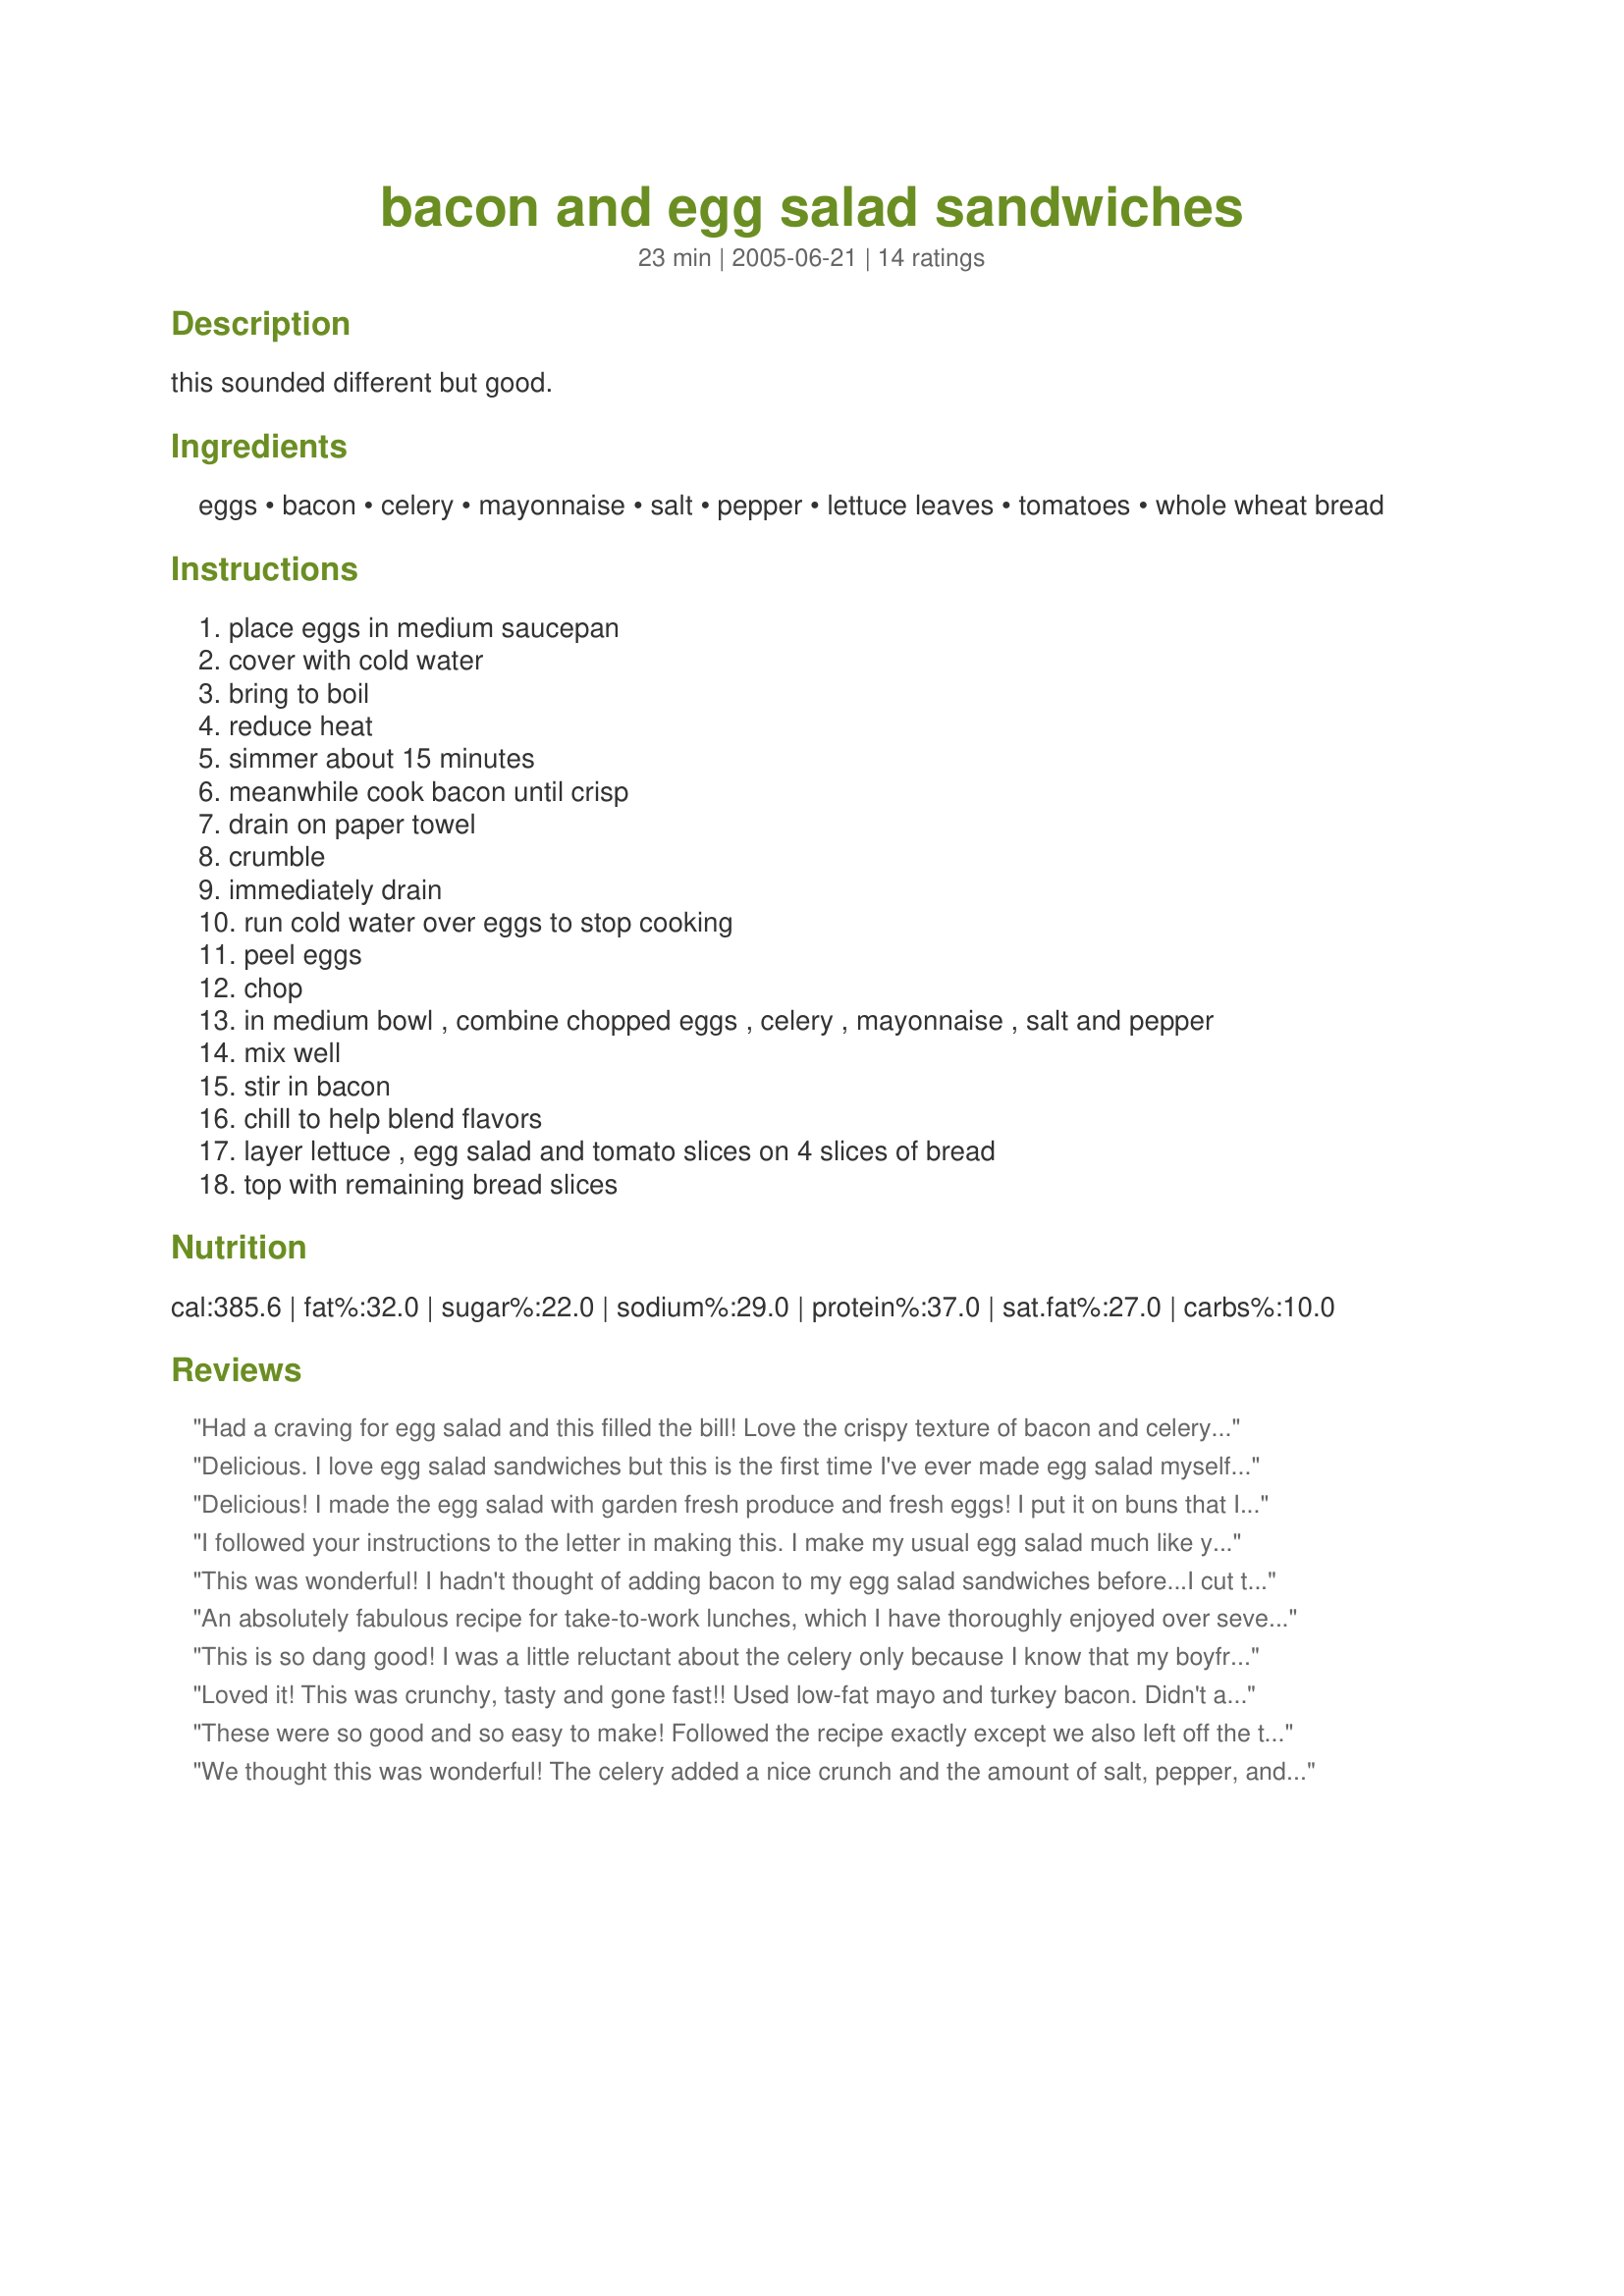
bacon and egg salad sandwiches
Preparation time: 23 minutes

this sounded different but good.

Ingredients:
eggs, bacon, celery, mayonnaise, salt, pepper, lettuce leaves, tomatoes, whole wheat bread

Steps:
place eggs in medium saucepan, cover with cold water, bring to boil, reduce heat, simmer about 15 minutes, meanwhile cook bacon until crisp, drain on paper towel, crumble, immediately drain, run cold water over eggs to stop cooking, peel eggs, chop, in medium bowl , combine chopped eggs , celery , mayonnaise , salt and pepper, mix well, stir in bacon, chill to help blend flavors, layer lettuce , egg salad and tomato slices on 4 slices of bread, top with remaining bread slices

Reviews:
Had a craving for egg salad and this filled the bill! Love the crispy texture of bacon and celery. Did omit the salt because of bacon and bread I made was salty. Thank you for sharing.
Delicious. I love egg salad sandwiches but this is the first time I've ever made egg salad myself. I followed the recipe as directed, except I added about 1 tsp stone ground mustard to the mayo; I like that additional tang. Also added about 1 Tbsp of diced scallion. Added a pinch of kosher salt & fresh-ground pepper, and it doesn't need any other seasonings. I left off tomato - personal pref - and used toasted whole-wheat bread. YUM!
Delicious! I made the egg salad with garden fresh produce and fresh eggs! I put it on buns that I made yesterday. DH2B said it was one of the best egg salad sandwiches I have made for him... and he wished I had packed him two for lunch! I followed the recipe exactly but did add some chopped scallions. Thanks Charlotte!!
I followed your instructions to the letter in making this. I make my usual egg salad much like your recipe (although this is the first time I've actually measured the celery, salt, pepper, or mayonaise). Your measurements are right on target. The bacon and garden fresh tomato were ingredients I had never thought to add, but are excellent on this sandwich. Thanks for sharing the recipe.
This was wonderful! I hadn't thought of adding bacon to my egg salad sandwiches before...I cut the recipe down for DH and myself and I did add a little mustard and some green chives from the garden. DH could only yummmmm. Thank you for posting a great recipe and I'm sure we will have these again. Made for Fall PAC 2012 tag game.
An absolutely fabulous recipe for take-to-work lunches, which I have thoroughly enjoyed over several days last week! And they’re very quick and easy to prepare! These sandwiches would be great for any occasion when sandwiches are required! I’ve made these for Pick a Chef 2006, and have really enjoyed discovering this gem of a recipe! Thanks, Charlotte J: I’ll be making these again!
This is so dang good! I was a little reluctant about the celery only because I know that my boyfriend does not like celery in hardly anything at all other than by itself so I did not tell him and when he tasted it he gave me a thumbs up. That means delicious!!!!! This recipe is a total keeper. Thank you so much. We love it! Also, I didn't think that it needed salt at all. I just used a little pepper.
Loved it! This was crunchy, tasty and gone fast!! Used low-fat mayo and turkey bacon. Didn't add any salt (because of the bacon) and added lots of pepper. Thanks Charlotte! :)
These were so good and so easy to make! Followed the recipe exactly except we also left off the tomato and toasted the bread. Thanks for sharing such a yummy recipe!
We thought this was wonderful! The celery added a nice crunch and the amount of salt, pepper, and mayo were perfect! I ate mine with the lettuce and tomatoes, but the hubby just piled on the salad and ate it plain ... he said it was fantastic (and the boy enjoys a good egg salad sandwich)! Thanks for posting your recipe, we will have it again for sure :)
I combined this with your other recipe, Recipe #50574, and it was fabulous! I made the egg salad from that recipe, and then used this as an idea to add 2 slices of cooked bacon. Even just those 2 slices added incredible flavor -- loved it! Thanks for two great recipes! ;)
This gets 5 stars for the best egg salad sandwich. I used low fat mayo, added a little minced onion, and only used 2 slices of bacon per sandwich - so good. I didn't have a tomato and that would be a bigger bonus!!
Awesome! All the measurements were right on. This is my new egg salad recipe! I added a little bit of mustard just because we love mustard, the recipe is delish without it too. Thank you for posting this Charlotte!
I used thick sliced pepper bacon. I also added some chives in with the eggs. Made on whole wheat rolls and it made huge sandwiches. Awesome!
